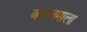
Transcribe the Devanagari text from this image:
बसन्तमाला